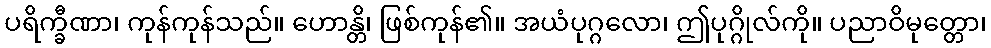
ပရိက္ခီဏာ၊ ကုန်ကုန်သည်။ ဟောန္တိ၊ ဖြစ်ကုန်၏။ အယံပုဂ္ဂလော၊ ဤပုဂ္ဂိုလ်ကို။ ပညာဝိမုတ္တော၊